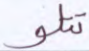
تتلو